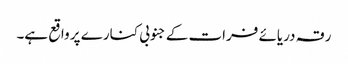
رقہ دریائے فرات کے جنوبی کنارے پر واقع ہے۔